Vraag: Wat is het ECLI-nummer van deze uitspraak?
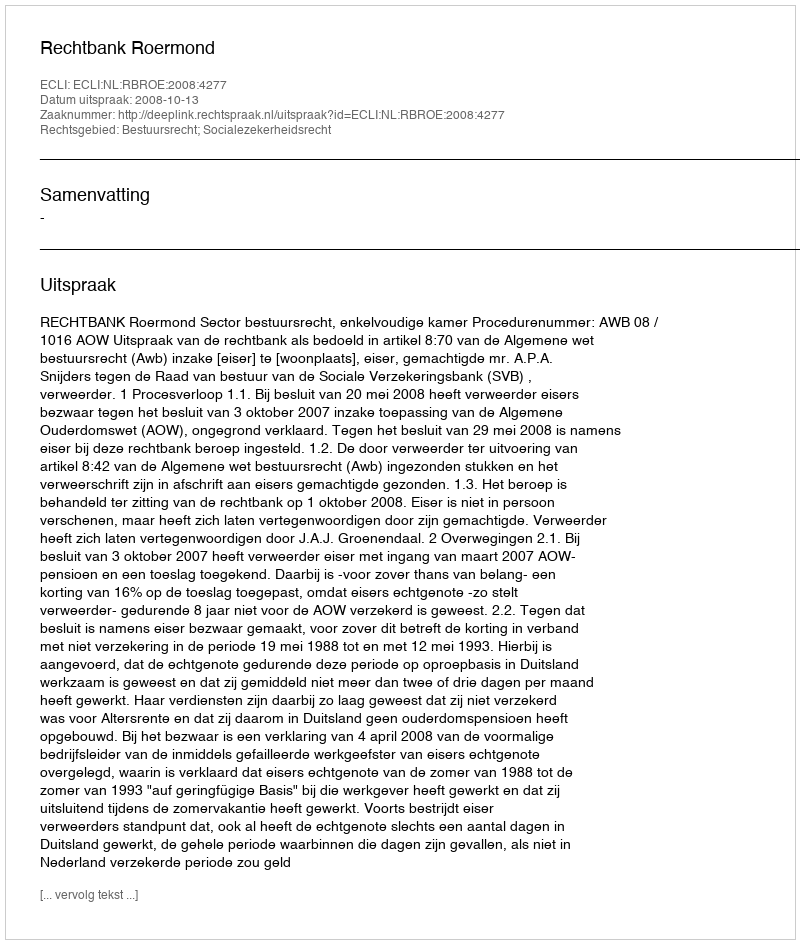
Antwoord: ECLI:NL:RBROE:2008:4277